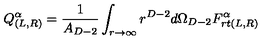
Q _ { ( L , R ) } ^ { \alpha } = \frac { 1 } { A _ { D - 2 } } \int _ { r \to \infty } r ^ { D - 2 } d \Omega _ { D - 2 } F _ { r t ( L , R ) } ^ { \alpha }